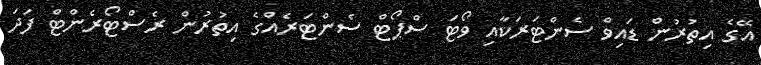
އޭގެ އިތުރުން ޑައިވް ސެންޓަރަކާއި ވޯޓަ ސްޕޯޓް ސެންޓަރެއްގެ އިތުރުން ރެސްޓޯރެންޓް ފަދަ